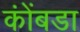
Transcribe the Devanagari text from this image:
कोंंबडा